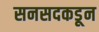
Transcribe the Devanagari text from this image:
सनसदकडून